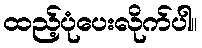
ထည့်ပုံပေးလိုက်ပါ။